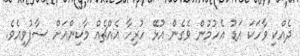
ދެއްކި ވާހަކަ އަޑު އެހުމުން ވެގެން އުޅޭ ހުރިހާ އެއްޗެއް މާކިންއަށް ސާފުވިއެވެ.